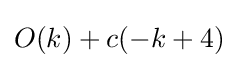
O(k)+c(-k+4)